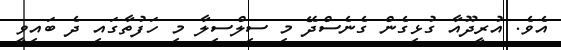
އެވެ. އުރީދޫއާ ގުޅިގެން ގެނެސްދޭ މި ސިލްސިލާ މި ހަފުތާގައި ދެ ބައިވީ